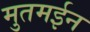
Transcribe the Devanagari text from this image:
मुतमईन